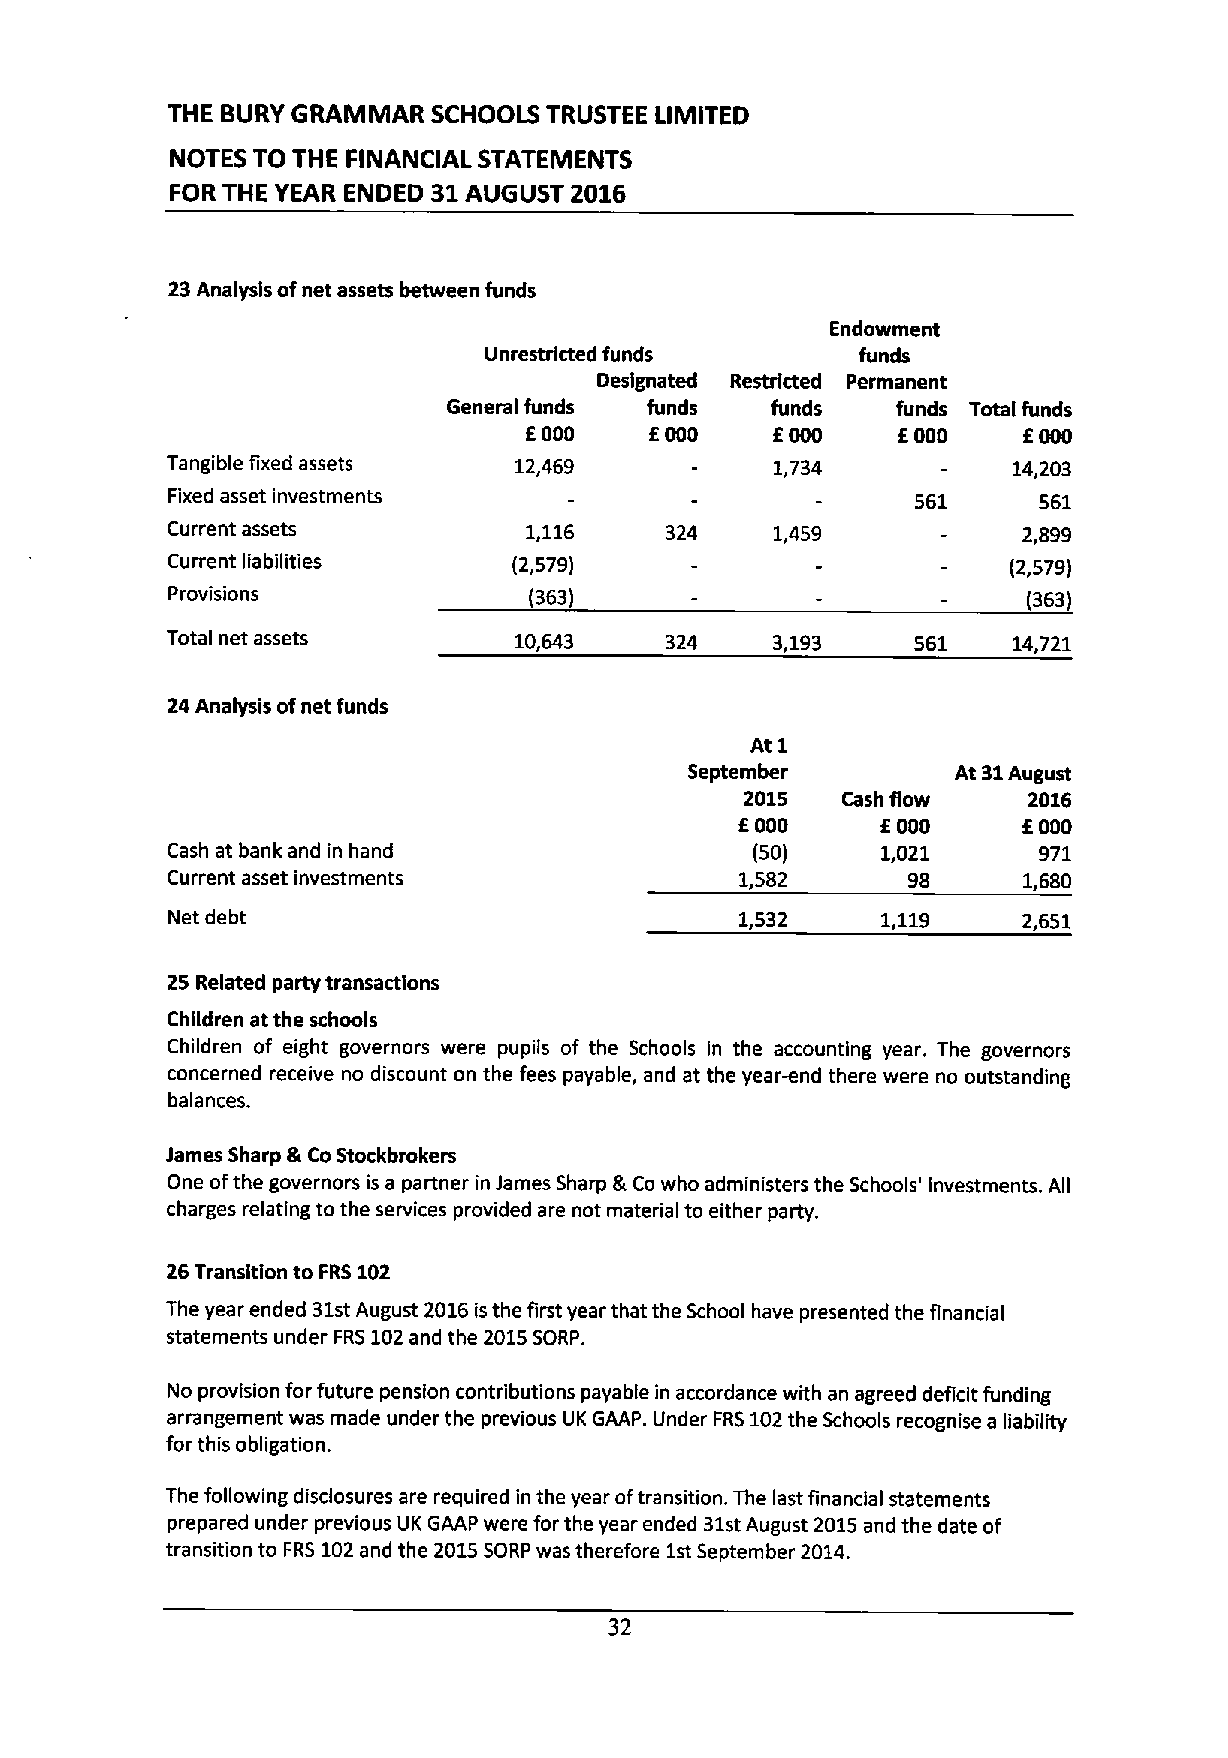
THE BURY GRAMMAR  SCHOOLS TRUSTEE LIMITED
 NOTES TO THE FINANCIAL STATEMENTS
 FOR THE YEAR ENDED 31 AUGUST 2016
 23Analysis ofnet assets between funds
 Endowment
 Unrestricted funds       funds
 Designated Restricted Permanent
 General funds funds  funds   funds Total funds
 E000    E000    E000    E000     E000
 Tangible fixed assets  12,469           1,734           14,203
 Fixed asset investments                          561      561
 Current assets          1,116    324    1,459            2,899
 Current liabilities    (2,579)                          (2,579)
 Provisions              (363)                            (363)
 Total net assets       10,643    324    3,193    561    14,721
 24Analysis ofnet funds
 At 1
 September         At 31August
 2015   Cash flow   2016
 E000     E000      E000
 Cash at bank and in hand               (50)    1,021      971
 Current asset investments             1,582      98      1,680
 Net debt                              1,532    1,119     2,651
 25 Related party transactions
 Children at the schools
 Children of eight governors were pupils of the Schools in the accounting year. The governors
 concerned receive no discount on the fees payable, and at the year-end there were no outstanding
 balances.
 James Sharp 8 CoStockbrokers
 One ofthe governors is a partner in James Sharp &Co who administers the Schools' investments. All
 charges relating to the services provided are not material to either party.
 26Transition to FRS102
 The year ended 31stAugust 2016isthe first year that the School have presented the financial
 statements under FRS102and the 2015SORP.
 No provision for future pension contributions payable in accordance with an agreed deficit funding
 arrangement was made under the previous UK GAAP. Under FRS102the Schools recognise a liability
 for this obligation.
 The following disclosures are required in the year oftransition. The last financial statements
 prepared under previous UK GAAP were for the year ended 31stAugust 2015and the date of
 transition to FRS 102and the 2015SORP was therefore 1stSeptember 2014.
 32